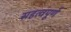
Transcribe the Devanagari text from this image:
सहत्वपूर्ण